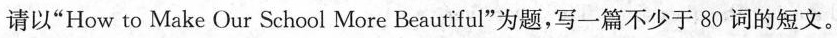
请以"How to Make Our School More Beautiful"为题，写一篇不少于 80 词的短文。